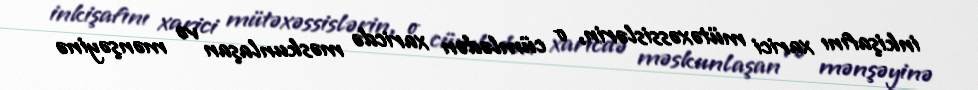
inkişafını xarici mütəxəssislərin, o cümlədən xaricdə məskunlaşan və mənşəyinə